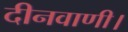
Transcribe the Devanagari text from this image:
दीनवाणी।